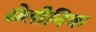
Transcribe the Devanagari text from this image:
सेलीनिक